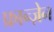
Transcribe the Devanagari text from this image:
फ्रान्ज़ेन